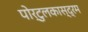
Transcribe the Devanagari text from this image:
पोर्टुलकास्द्रम